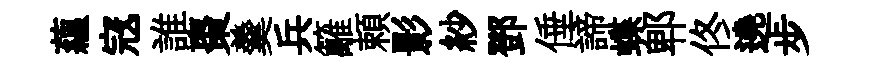
藴𡨥誰棗羹兵籬頼影紗鄧倕諦蝶郫佟遶步